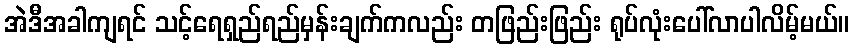
အဲဒီအခါကျရင် သင့်ရေရှည်ရည်မှန်းချက်ကလည်း တဖြည်းဖြည်း ရုပ်လုံးပေါ်လာပါလိမ့်မယ်။